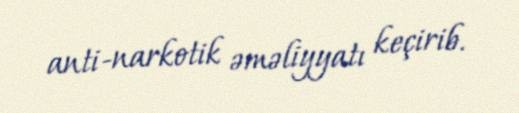
anti-narkotik əməliyyatı keçirib.